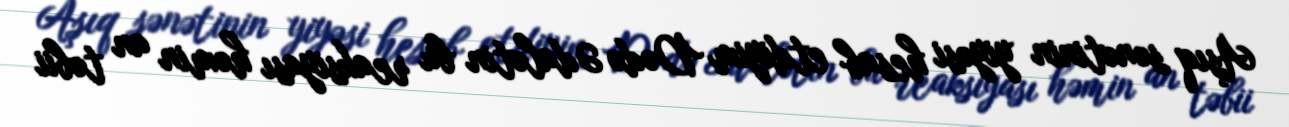
Aşıq sənətinin yiyəsi hesab etdiyim Dədə Ədalətin bu reaksiyası həmin an təbii